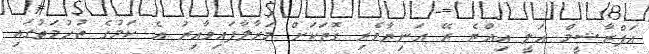
އަފްރާޝީމް އަލީ އިއްޔެ ރޭ އަނިޔާވެރި ގޮތަކަށް މަރާލާފައިވާއިރު އެ ކަމުގެ ތުހުމަތުގައި